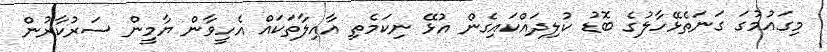
މިގައުމުގަ ގަނަތެޅޭހާލުގެ ބޮޑު ކުލިދައްކައިގެން އުޅޭ ނިކަމެތި އާއިލާތަކައް އެހީވާން ޔާމީން ސަރުކާރުން